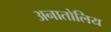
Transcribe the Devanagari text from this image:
अनातोलिय